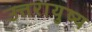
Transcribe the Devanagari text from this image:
उत्तरायुष्य